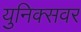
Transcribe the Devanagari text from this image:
युनिक्सवर